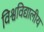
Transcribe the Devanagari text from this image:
विश्वविद्यालीय